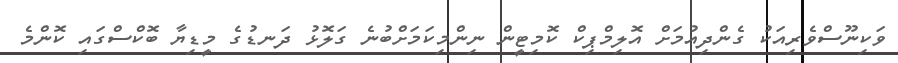
ވަކިނޫސްވެރިއަކު ގެންދިއުމަށް އޮލިމްޕިކް ކޮމިޓީން ނިންމިކަމަށްބުނެ ގަލޮޅު ދަނޑުގެ މީޑިޔާ ބޮކްސްގައި ކޮންމެ